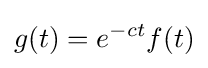
g(t)=e^{-ct}f(t)